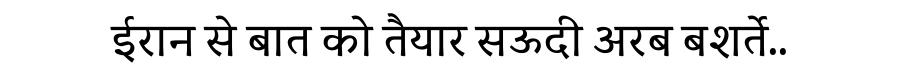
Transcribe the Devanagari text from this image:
ईरान से बात को तैयार सऊदी अरब बशर्ते..